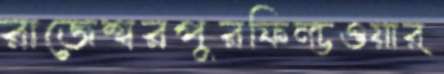
রাজেশ্বরপুরফিল্ডওয়ার্